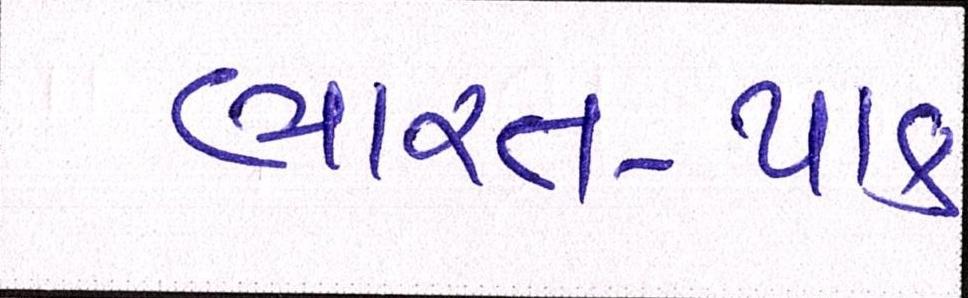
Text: ભારત-પાક